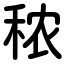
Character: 秾